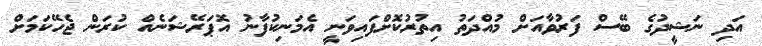
އަދި ނަޝީދުގެ ބޭސް ފަރުވާއަށް މުއްދަތު އިތުރުކޮށްފައިވަނީ އެމަނިކުފާނު އޮޕަރޭޝަނެއް ކުރަން ޖެހޭކަމަށް